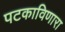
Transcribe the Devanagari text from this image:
पटकाविणारा